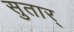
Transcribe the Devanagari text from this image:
सुतार्